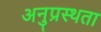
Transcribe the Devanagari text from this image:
अनुप्रस्थता